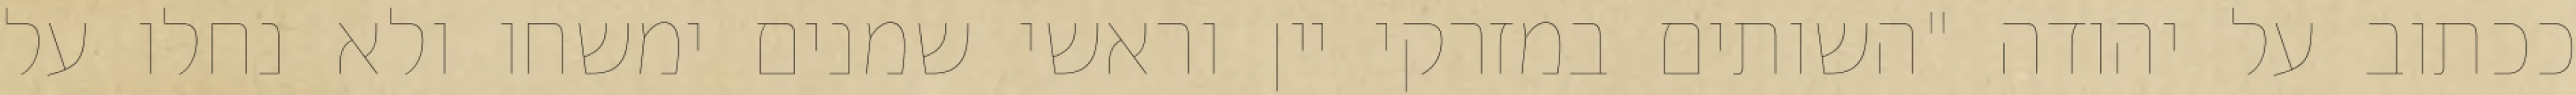
ככתוב על יהודה "השותים במזרקי יין וראשי‏ שמנים ימשחו ולא נחלו על